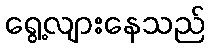
ရွေ့လျားနေသည်